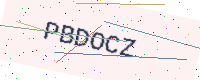
Text: PBDOCZ